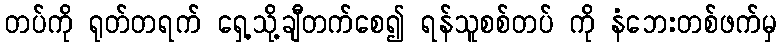
တပ်ကို ရုတ်တရက် ရှေ့သို့ချီတက်စေ၍ ရန်သူစစ်တပ် ကို နံဘေးတစ်ဖက်မှ